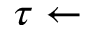
\tau \gets